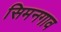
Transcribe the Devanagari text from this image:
सिमनगाव